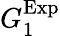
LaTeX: G_{1}^{\mathrm{Exp}}